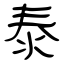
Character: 泰